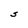
Character: S